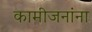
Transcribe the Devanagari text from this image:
कामीजनांना